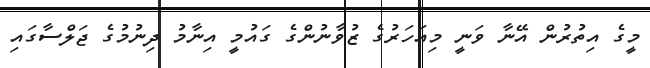
މީގެ އިތުރުން އޭނާ ވަނީ މިއަހަރުގެ ޒުވާނުންގެ ގައުމީ އިނާމު ދިނުމުގެ ޖަލްސާގައި